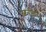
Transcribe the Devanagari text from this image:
स्वर्गत्याग